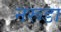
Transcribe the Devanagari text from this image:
नरूडा